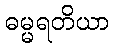
ဓမ္မရတိယာ